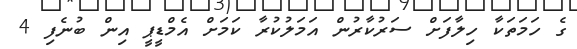
ގެ ހަމަތަކާ ހިލާފަށް ސަރުކާރުން އަމަލުކުރާ ކަމަށް އެމްޑީޕީ އިން ބުނެފި 4